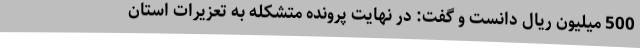
500 میلیون ریال دانست و گفت: در نهایت پرونده متشکله به تعزیرات استان